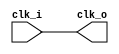
`timescale 1ns/1ns
module jlsemi_util_clkbuf
(
    input         clk_i,
    output        clk_o
);

    `ifdef JL_SYNTHESIS
        jlsemi_cell_clk_buf_cell
        u_dont_touch_clk_buf
        (
        .I (clk_i),
        .Z (clk_o)
        );
    `else
        assign clk_o = clk_i;
    `endif

endmodule